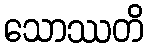
သောဿတိ